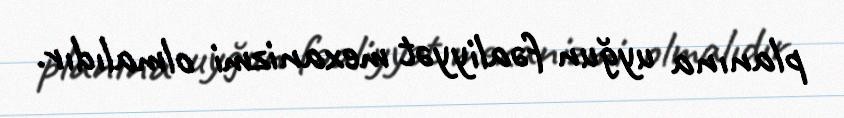
planına uyğun fəaliyyət mexanizmi olmalıdır.